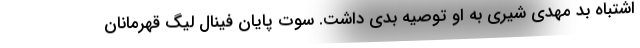
اشتباه بد مهدی شیری به او توصیه بدی داشت. سوت پایان فینال لیگ قهرمانان